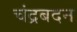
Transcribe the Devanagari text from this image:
चंद्रबदन